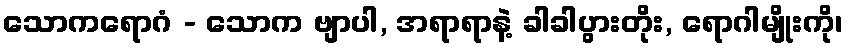
သောကရောဂံ - သောက ဗျာပါ, အရာရာနဲ့ ခါခါပွားတိုး, ရောဂါမျိုးကို၊